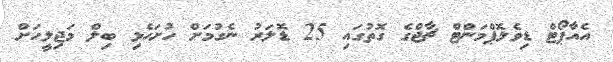
އެއާޕޯޓް ޑިވެލޮޕްމަންޓް ޗާޖްގެ ގޮތުގައި 25 ޑޮލަރު ނެގުމަށް ހުށަހެޅި ބިލް މަޖިލީހަށް